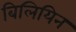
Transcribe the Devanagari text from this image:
बिलियिन